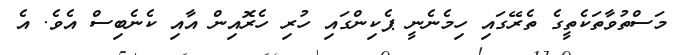
މަސްތުވާތަކެތީގެ ތެރޭގައި ހިމެނެނީ ޕެކިންގައި ހުރި ހެރޮއިން އާއި ކެނެބިސް އެވެ. އެ